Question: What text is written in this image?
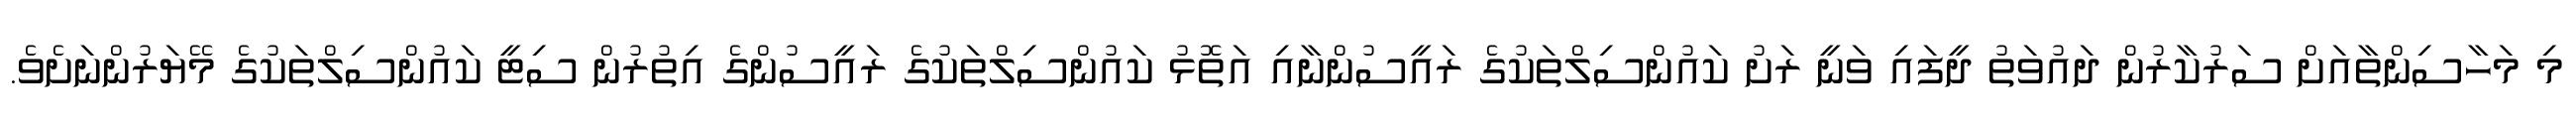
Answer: މި މަހާސިންތާއަށް ސަރުކާރުން ދައުވަތު ދީފައި ވަނީ ރަށު ކައުންސިލްތަކުގެ ރައީސުންނާއި އަތޮޅު ކައުންސިލްތަކުގެ ރައީސުންގެ އިތުރުން ސިޓީ ކައުންސިލްތަކުގެ މޭޔަރުންނަށެވެ.